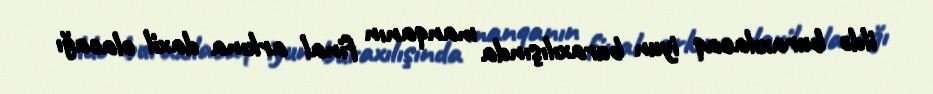
ildə buraxılacaq iyun buraxılışında manqanın final arkına daxil olacağı